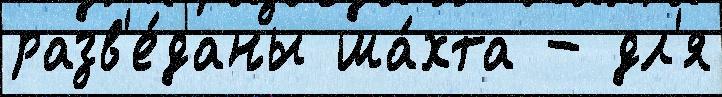
разв'е́даны ша́хта - дл'я